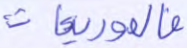
فالموريات